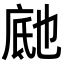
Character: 𬼰